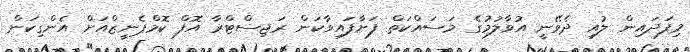
މިފަދައިން ލުއި ދެވޭނީ އުވާލުމުގެ މަސައްކަތް ފަށާފައިވާކަން ރަޖިސްޓްރާ އޮފް ކޮމްޕެނީޒްއަށް އެންގިކަން